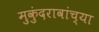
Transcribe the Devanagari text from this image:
मुकुंदरावांच्या